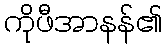
ကိုဖီအာနန်၏